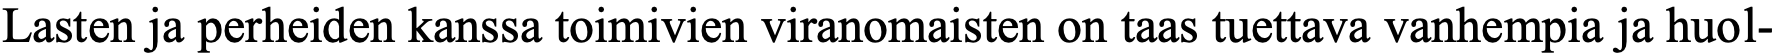
Lasten ja perheiden kanssa toimivien viranomaisten on taas tuettava vanhempia ja huol-